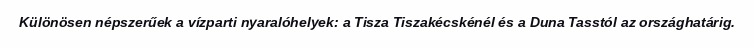
Különösen népszerűek a vízparti nyaralóhelyek: a Tisza Tiszakécskénél és a Duna Tasstól az országhatárig.